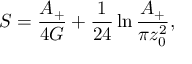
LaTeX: S = { \frac { A _ { + } } { 4 G } } + { \frac { 1 } { 2 4 } } \ln { \frac { A _ { + } } { \pi z _ { 0 } ^ { 2 } } } ,